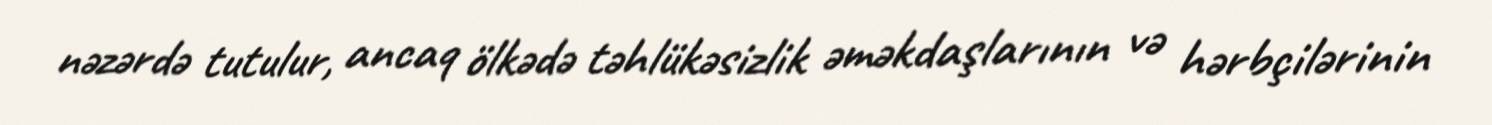
nəzərdə tutulur, ancaq ölkədə təhlükəsizlik əməkdaşlarının və hərbçilərinin